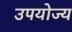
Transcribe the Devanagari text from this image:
उपयोज्य